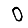
Digit: 0